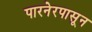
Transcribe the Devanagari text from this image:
पारनेरपासून